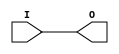
module IBUFG_PCI66_3 (O, I);

    output O;

    input  I;

	buf B1 (O, I);


endmodule